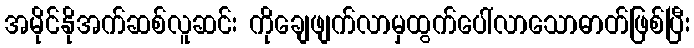
အမိုင်နိုအက်ဆစ်လူဆင်း ကိုချေဖျက်လာမှထွက်ပေါ်လာသောဓာတ်ဖြစ်ပြီး